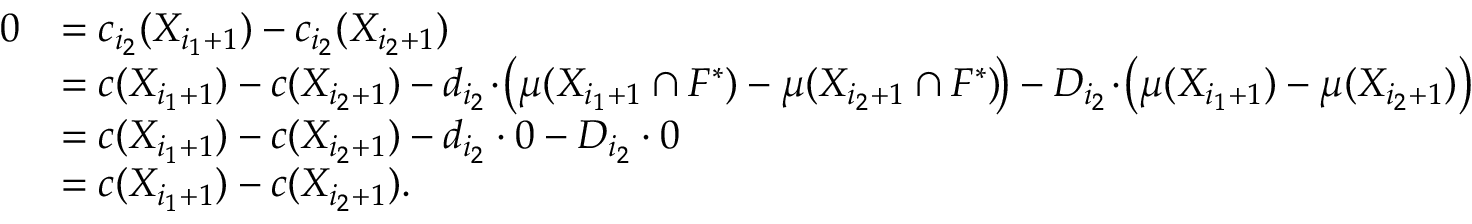
\begin{array} { r l } { 0 } & { = c _ { i _ { 2 } } ( X _ { i _ { 1 } + 1 } ) - c _ { i _ { 2 } } ( X _ { i _ { 2 } + 1 } ) } \\ { } & { = c ( X _ { i _ { 1 } + 1 } ) - c ( X _ { i _ { 2 } + 1 } ) - d _ { i _ { 2 } } \! \cdot \! \big ( \mu ( X _ { i _ { 1 } + 1 } \cap F ^ { * } ) - \mu ( X _ { i _ { 2 } + 1 } \cap F ^ { * } ) \! \big ) - D _ { i _ { 2 } } \! \cdot \! \big ( \mu ( X _ { i _ { 1 } + 1 } ) - \mu ( X _ { i _ { 2 } + 1 } ) \big ) } \\ { } & { = c ( X _ { i _ { 1 } + 1 } ) - c ( X _ { i _ { 2 } + 1 } ) - d _ { i _ { 2 } } \cdot 0 - D _ { i _ { 2 } } \cdot 0 } \\ { } & { = c ( X _ { i _ { 1 } + 1 } ) - c ( X _ { i _ { 2 } + 1 } ) . } \end{array}